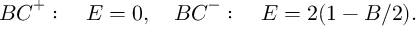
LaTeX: { \cal B C } ^ { + } : \quad E = 0 , \quad { \cal B C } ^ { - } : \quad E = 2 ( 1 - B / 2 ) .